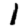
Digit: 1